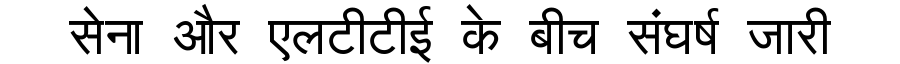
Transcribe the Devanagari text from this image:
सेना और एलटीटीई के बीच संघर्ष जारी